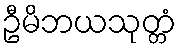
ဦမိဘယသုတ္တံ